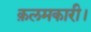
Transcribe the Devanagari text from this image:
क़लमकारी।